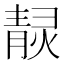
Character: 𤎓